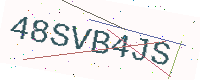
Text: 48SVB4JS